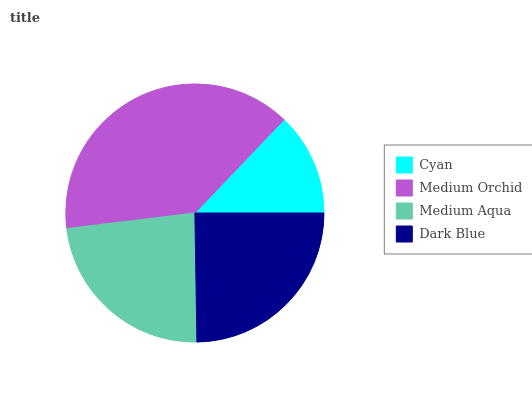
| Cyan | Medium Orchid | Medium Aqua | Dark Blue |
 | --- | --- | --- | --- |
 | 12.9% | 39% | 23.4% | 24.7% |